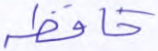
حافظة